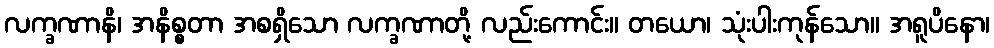
လက္ခဏာနိ၊ အနိစ္စတာ အစရှိသော လက္ခဏာတို့ လည်းကောင်း။ တယော၊ သုံးပါးကုန်သော။ အရူပိနော၊